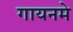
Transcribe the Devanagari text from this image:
गायनमे